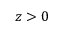
z > 0